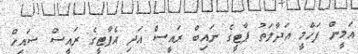
އަމީން ފަހްމީ އަދާލަތު ޕާޓީގެ ނައިބް ރައީސް އަދި އެޕާޓީގެ ރައީސް ޝައިހް